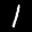
Label: 1